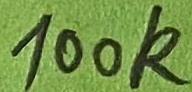
Text: 100K